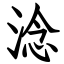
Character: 淰